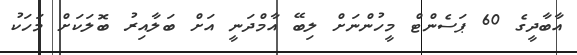
އާބާދީގެ 60 ޕަސެންޓް މީހުންނަށް ލިބޭ އާމްދަނީ އަށް ބަލާއިރު ބޮލަކަށް މަހަކު